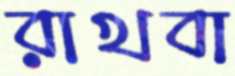
রাখবা